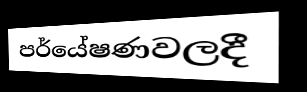
පර්යේෂණවලදී